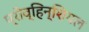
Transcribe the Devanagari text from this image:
प्रोव्हिन्शियल